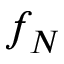
f _ { N }